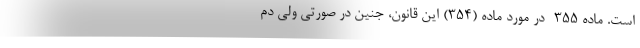
است. ماده ۳۵۵- در مورد ماده (۳۵۴) این قانون، جنین در صورتی ولی دم